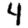
Digit: 4